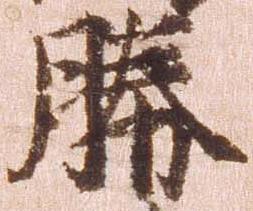
勝